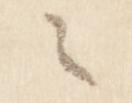
々